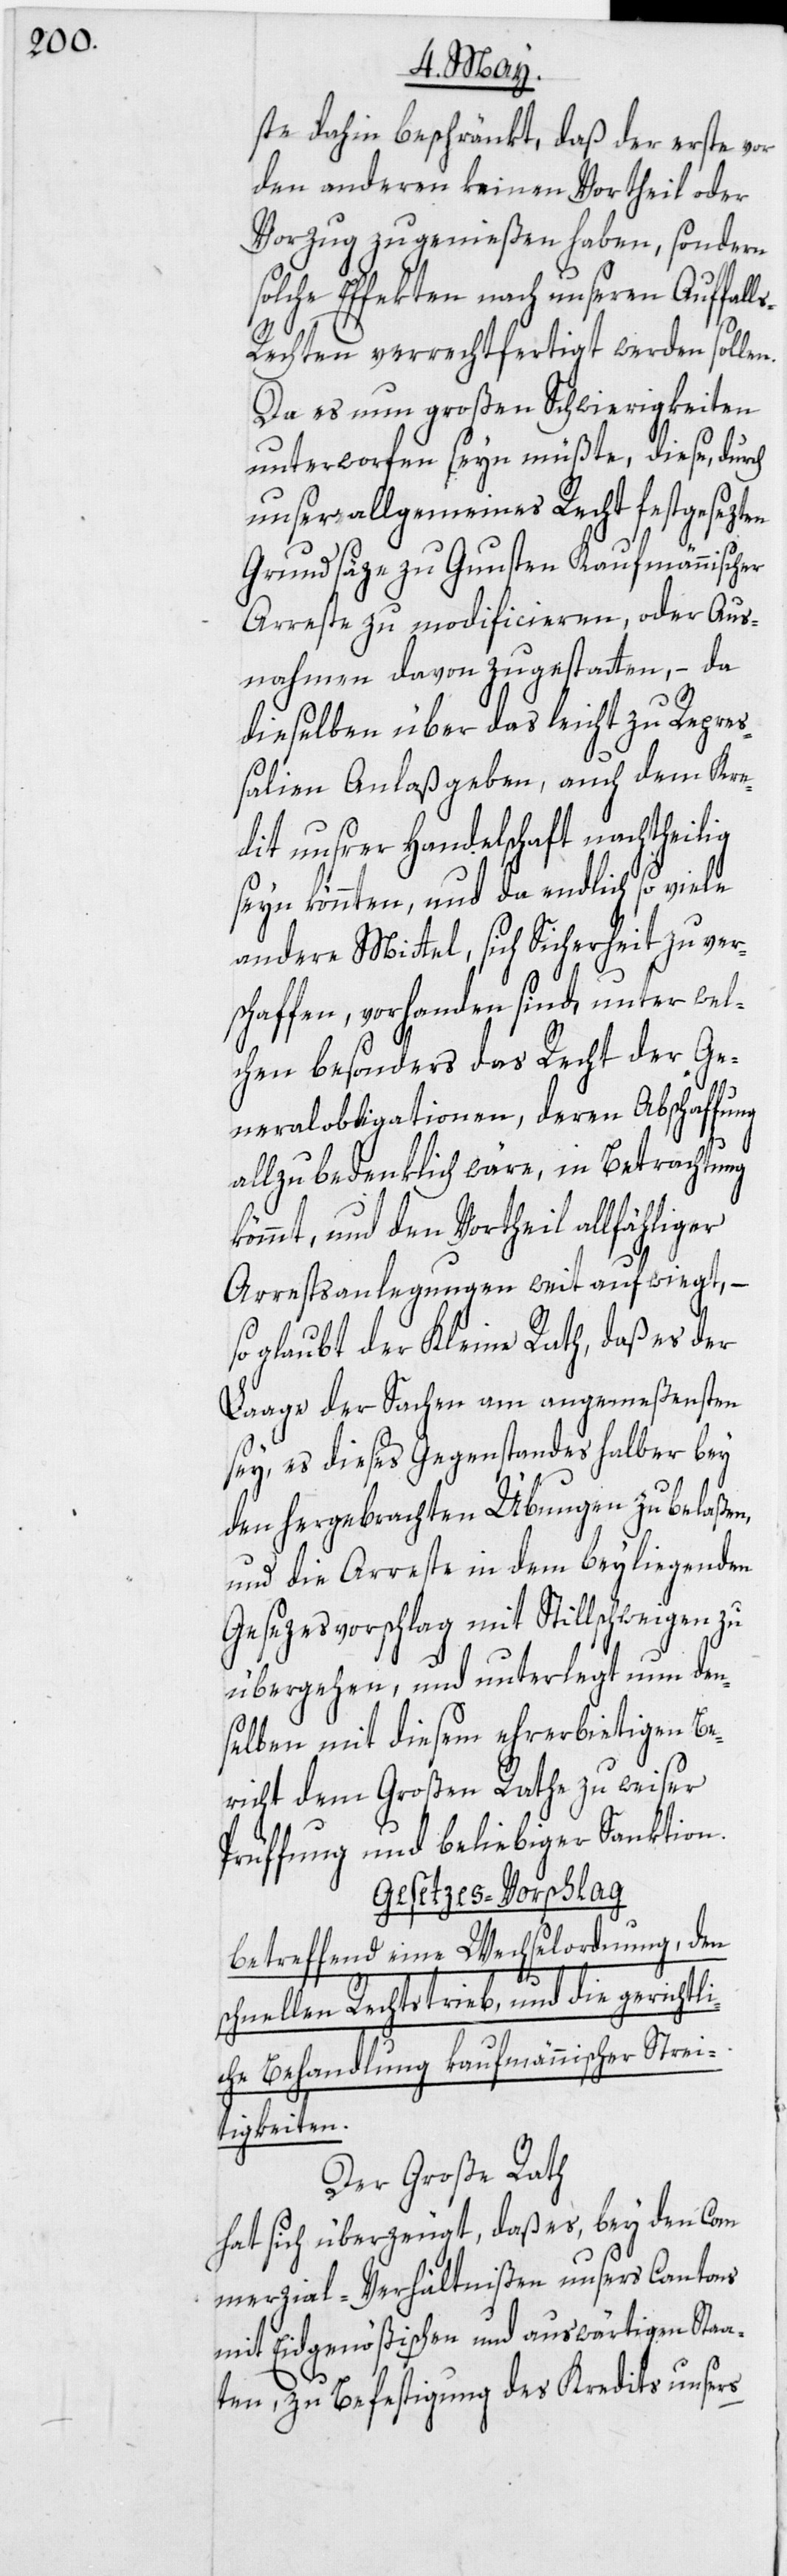
ste dahin beschränkt, daß der erste vor
den anderen keinen Vortheil oder
Vorzug zu genießen haben, sondern
Effekten nach unseren Auffal¬
ls-Rechten verrechtfertigt werden sollen.
Da es nun großen Schwierigkeiten
unterworfen seyn müßte, diese, durch
unser allgemeines Recht festgesezten
Grundsäze zu Gunsten Kaufmännischer
Arreste zu modificieren, oder Aus¬
nahmen davon zu gestatten, – da
dieselben über das leicht zu Repre¬
ßalien Anlaß geben, auch dem Kre¬
dit unsrer Handelschaft nachtheilig
seyn könnten, und da endlich so viele
andere Mittel, sich Sicherheit zu ver¬
schaffen, vorhanden sind, unter wel¬
chen besonders das Recht der Ge¬
neralobligationen, deren Abschaffung
allzu bedenklich wäre, in Betrachtung
kömmt, und den Vortheil allfähliger
Arrestsanlegungen weit aufwiegt, –
so glaubt der Kleine Rath, daß es der
Laage der Sachen am angemeßensten
sey, es dieses Gegenstandes halber bey
den hergebrachten Übungen zu belaßen,
und die Arreste in dem beyliegenden
Gesezesvorschlag mit Stillschweigen
übergehen, und unterlegt nun den¬
selben mit diesem ehrerbietigen Be¬
richt dem Großen Rathe zu weiser
Prüffung und beliebiger Sanktion.
Gesezes-Vorschlag
betreffend eine Wechselordnung, den
schnellen Rechtstrieb, und die gerichtli¬
che Behandlung kaufmännischer Strei¬
tigkeiten.
Der Große Rath
hat sich überzeugt, daß es, bey den Com¬
merzial-Verhältnißen unsers Cantons
mit Eidgenößischen und auswärtigen Staa¬
ten, zu Befestigung des Kredits unsers